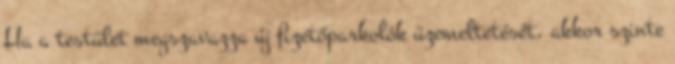
Ha a testület megszavazza új fizetőparkolók üzemeltetését, akkor szinte